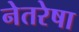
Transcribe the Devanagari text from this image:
नेतरेषा